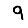
Digit: 9